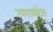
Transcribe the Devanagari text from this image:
उपपरामर्शदाता